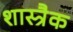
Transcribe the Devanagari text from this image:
शास्त्रैक